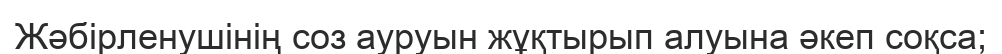
Жәбірленушінің соз ауруын жұқтырып алуына әкеп соқса;